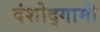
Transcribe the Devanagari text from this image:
दंशोद्गामी